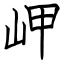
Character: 岬